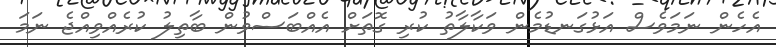
އެހެން ނަމަވެސް އަޅުގަނޑުމެން ވަކާލާތު ކުރި ގޮތަށް އެއްބަސްވުން ބާތިލު ކުރެއްވިއްޖެ ނަމަ